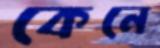
কেনে